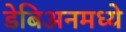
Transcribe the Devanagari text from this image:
डेबिअनमध्ये